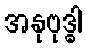
အနုဗုဒ္ဓါ